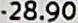
-28.90